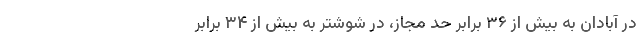
در آبادان به بیش از ۳۶ برابر حد مجاز، در شوشتر به بیش از ۳۴ برابر